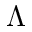
\Lambda